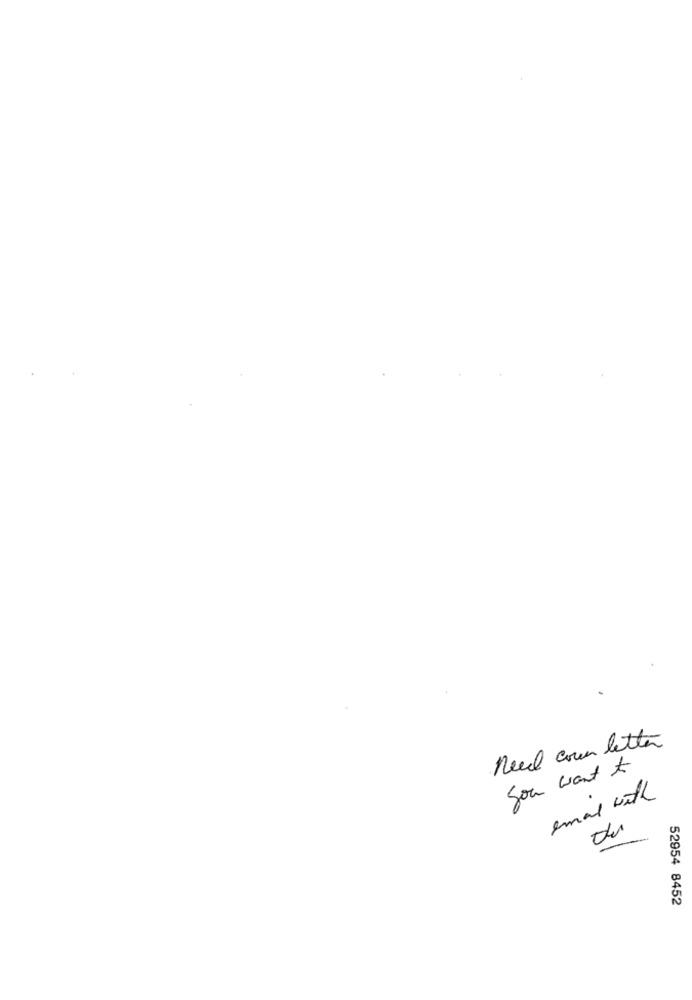
need coun letter
Son want to
emal with
52954 8452